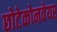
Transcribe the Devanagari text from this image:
छोटेकोनवेयर